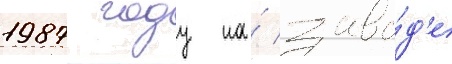
1987 году на́ заво́д'е